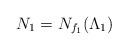
LaTeX: \begin{align*}N_1 = N_{f_1}(\Lambda_1) \end{align*}